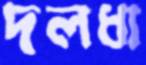
দলধা